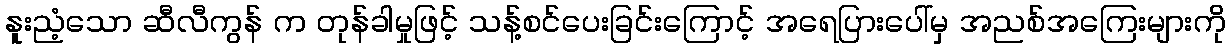
နူးညံ့သော ဆီလီကွန် က တုန်ခါမှုဖြင့် သန့်စင်ပေးခြင်းကြောင့် အရေပြားပေါ်မှ အညစ်အကြေးများကို